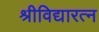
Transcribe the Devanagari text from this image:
श्रीविद्यारत्न